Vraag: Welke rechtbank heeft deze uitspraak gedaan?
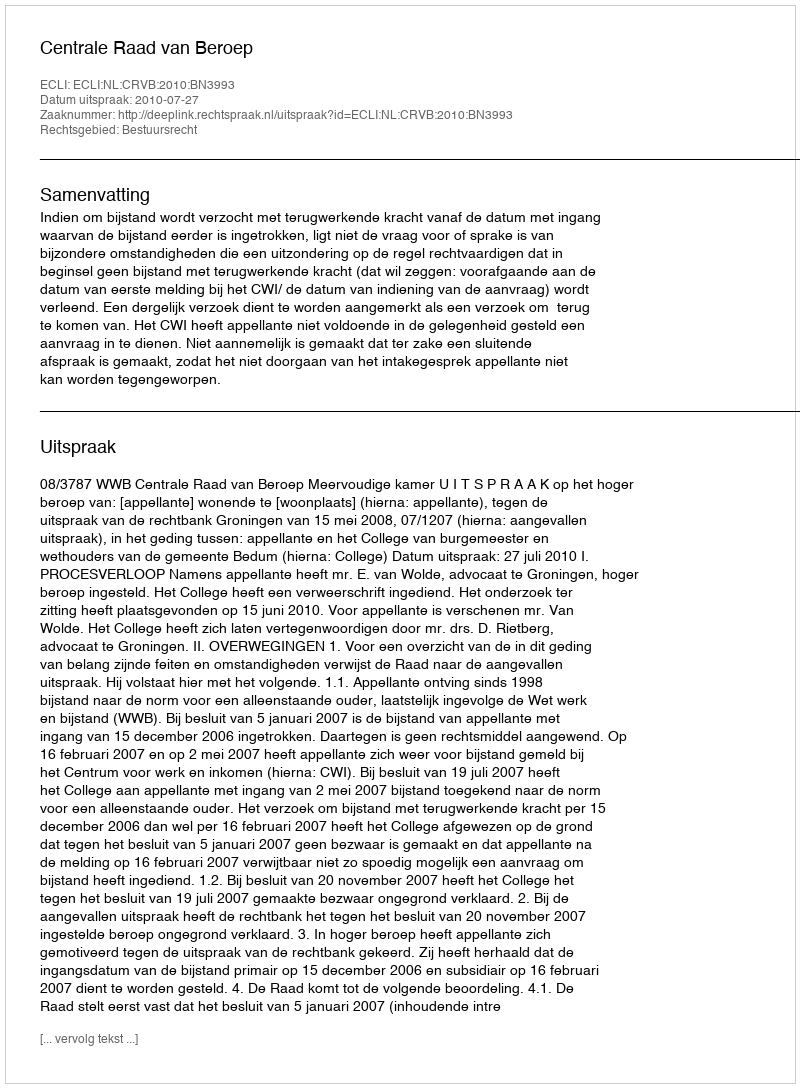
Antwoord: Centrale Raad van Beroep